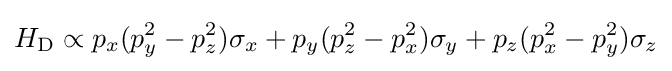
H_{\rm {D}}\propto p_{x}(p_{y}^{2}-p_{z}^{2})\sigma _{x}+p_{y}(p_{z}^{2}-p_{x}^{2})\sigma _{y}+p_{z}(p_{x}^{2}-p_{y}^{2})\sigma _{z}